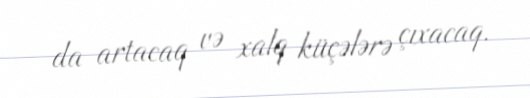
da artacaq və xalq küçələrə çıxacaq.